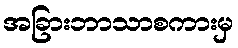
အခြားဘာသာစကားမှ